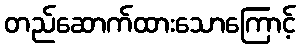
တည်ဆောက်ထားသောကြောင့်